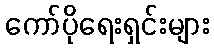
ကော်ပိုရေးရှင်းများ